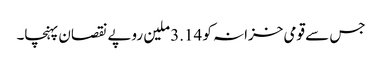
جس سے قومی خزانہ کو 3.14 ملین روپے نقصان پہنچا۔